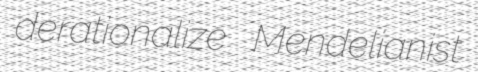
derationalize Mendelianist